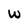
Character: W